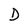
Character: D